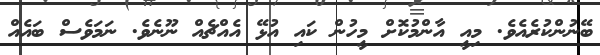
ބޭނުންކުރެއެވެ. މިއީ އާންމުކޮށް މީހުން ކައި އުޅޭ އެއްޗެއް ނޫނެވެ. ނަމަވެސް ބައެއް